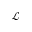
\mathcal { L }